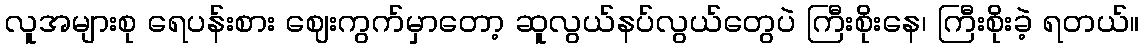
လူအများစု ရေပန်းစား ဈေးကွက်မှာတော့ ဆူလွယ်နပ်လွယ်တွေပဲ ကြီးစိုးနေ၊ ကြီးစိုးခဲ့ ရတယ်။